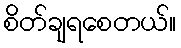
စိတ်ချရစေတယ်။